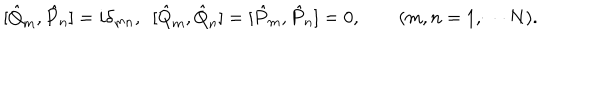
[ \hat { Q } _ { m } , \hat { P } _ { n } ] = i \delta _ { m n } , \ \ [ \hat { Q } _ { m } , \hat { Q } _ { n } ] = [ \hat { P } _ { m } , \hat { P } _ { n } ] = 0 , \qquad ( m , n = 1 , \cdots N ) .